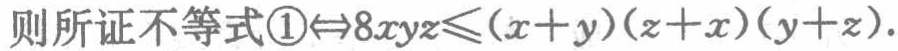
则所证不等式\textcircled{1}$\Leftrightarrow 8xyz\leqslant(x + y)(z + x)(y + z)$.